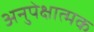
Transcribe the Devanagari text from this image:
अनुपेक्षात्मक